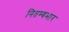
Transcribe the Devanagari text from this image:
नितम्बभार